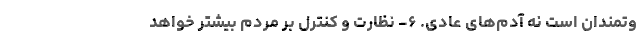
وتمندان است نه آدم‌های عادی. ۶- نظارت و کنترل بر مردم بیشتر خواهد